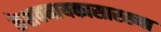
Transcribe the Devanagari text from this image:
केशवनायकासारख्या